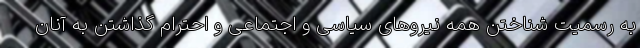
به رسمیت شناختن همه نیروهای سیاسی و اجتماعی و احترام گذاشتن به آنان